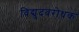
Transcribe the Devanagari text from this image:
विद्युदवरोधक